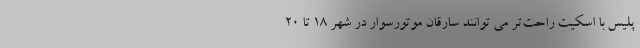
پلیس با اسکیت راحت‌تر می توانند سارقان موتورسوار در شهر 18 تا 20